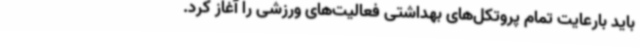
باید بارعایت تمام پروتکل‌های بهداشتی فعالیت‌های ورزشی را آغاز کرد.